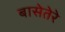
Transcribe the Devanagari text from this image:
बासेतेरे